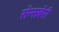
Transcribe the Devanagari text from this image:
सेन्सबेरी